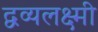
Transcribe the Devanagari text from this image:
द्वव्यलक्ष्मी